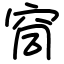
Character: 䆚